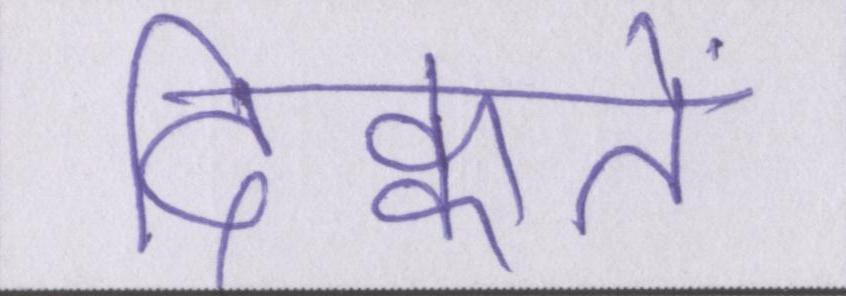
दिक्कतें